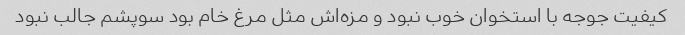
کیفیت جوجه با استخوان خوب نبود و مزه‌اش مثل مرغ خام بود سوپشم جالب نبود